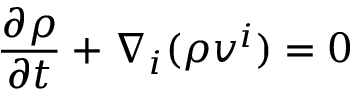
\frac { \partial \rho } { \partial t } + \nabla _ { i } ( \rho v ^ { i } ) = 0